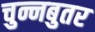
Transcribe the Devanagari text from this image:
चुन्नबुतर